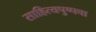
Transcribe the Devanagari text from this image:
साहित्यपुष्पचा